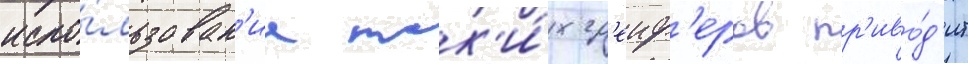
испо́льзован'ие так'и́х гр'еиф'еров пр'иво́д'ит